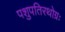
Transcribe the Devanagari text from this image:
पशुपतिरथोग्रः